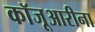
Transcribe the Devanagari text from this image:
कॉजूआरीना